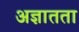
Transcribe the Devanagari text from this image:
अज्ञातता